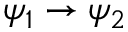
\psi _ { 1 } \rightarrow \psi _ { 2 }